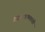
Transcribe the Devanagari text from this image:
वेदनाशामकांशी